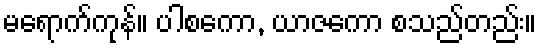
မရောက်ကုန်။ ပါစကော, ယာဇကော စသည်တည်း။